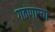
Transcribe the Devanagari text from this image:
गठणार्‍या